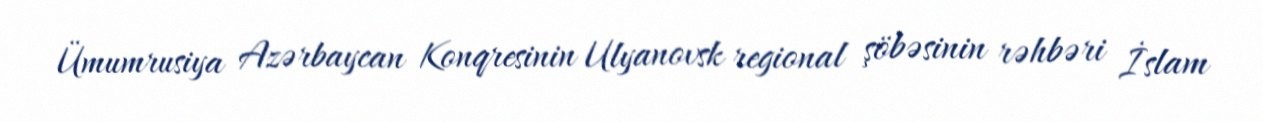
Ümumrusiya Azərbaycan Konqresinin Ulyanovsk regional şöbəsinin rəhbəri İslam